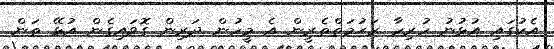
އެކުގައި އުޅުނު ހުރިހާ ރަޙުމަތްތެރީން އެ މީހުން ދަރިން ގޮވައިގެން އުޅޭ ތަން